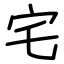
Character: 宅